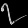
Digit: ၇